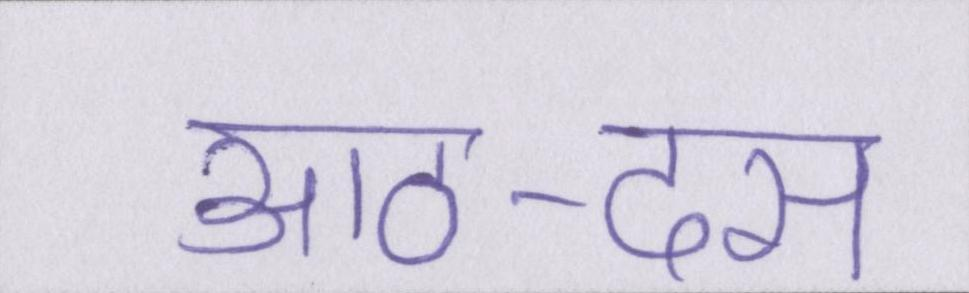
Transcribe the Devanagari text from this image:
आठ-दस